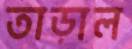
তাড়াল